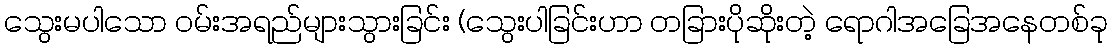
သွေးမပါသော ဝမ်းအရည်များသွားခြင်း (သွေးပါခြင်းဟာ တခြားပိုဆိုးတဲ့ ရောဂါအခြေအနေတစ်ခု